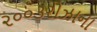
૨૦૦૩રોઝાના